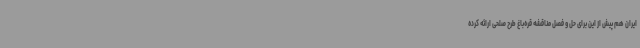
ایران هم پیش از این برای حل و فصل مناقشه قره‌باغ طرح صلحی ارائه کرده